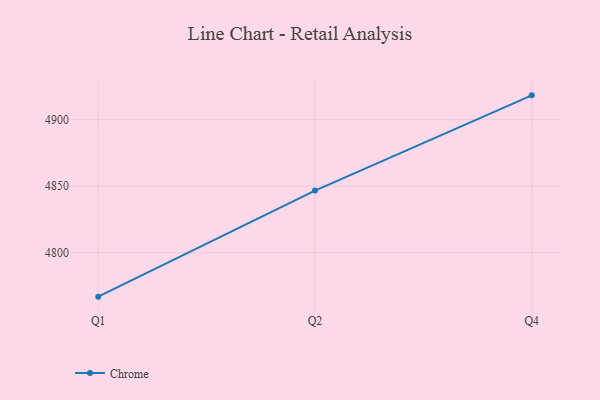
{"axis": {"x": "Quarter", "y": "Shipments"}, "legend": ["Chrome"], "data": [{"x": "Q1", "y": 4766.9, "type": "Chrome"}, {"x": "Q2", "y": 4846.7, "type": "Chrome"}, {"x": "Q4", "y": 4918.3, "type": "Chrome"}]}